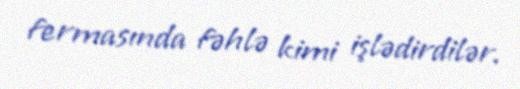
fermasında fəhlə kimi işlədirdilər.